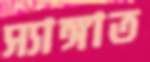
স্যাঙ্গাত